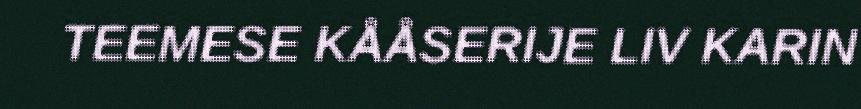
TEEMESE KÅÅSERIJE LIV KARIN